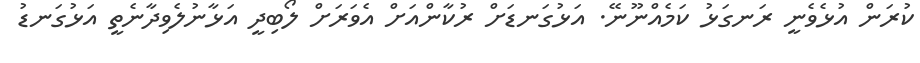
ކުރަން އުޅެވެނީ ރަނގަޅު ކަމެއްނޫނޭ. އަޅުގަނޑަށް ރުކާންއަށް އެވަރަށް ލޯބިދީ އަޅާނުލެވިދާނެތީ އަޅުގަނޑު